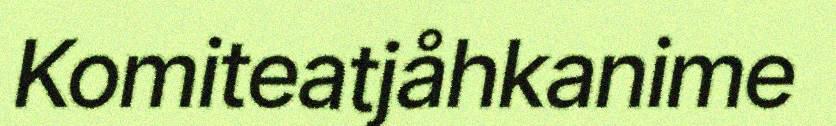
Komiteatjåhkanime